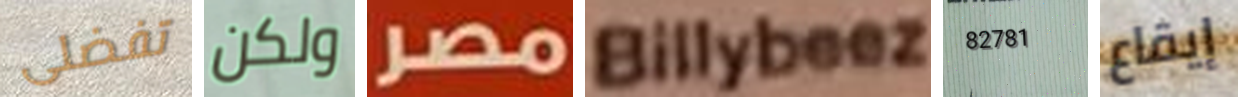
تفضلى ولكن مصر Billybeez 82781 إيقاع